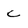
Character: c